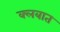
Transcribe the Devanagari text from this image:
क्‍लबात